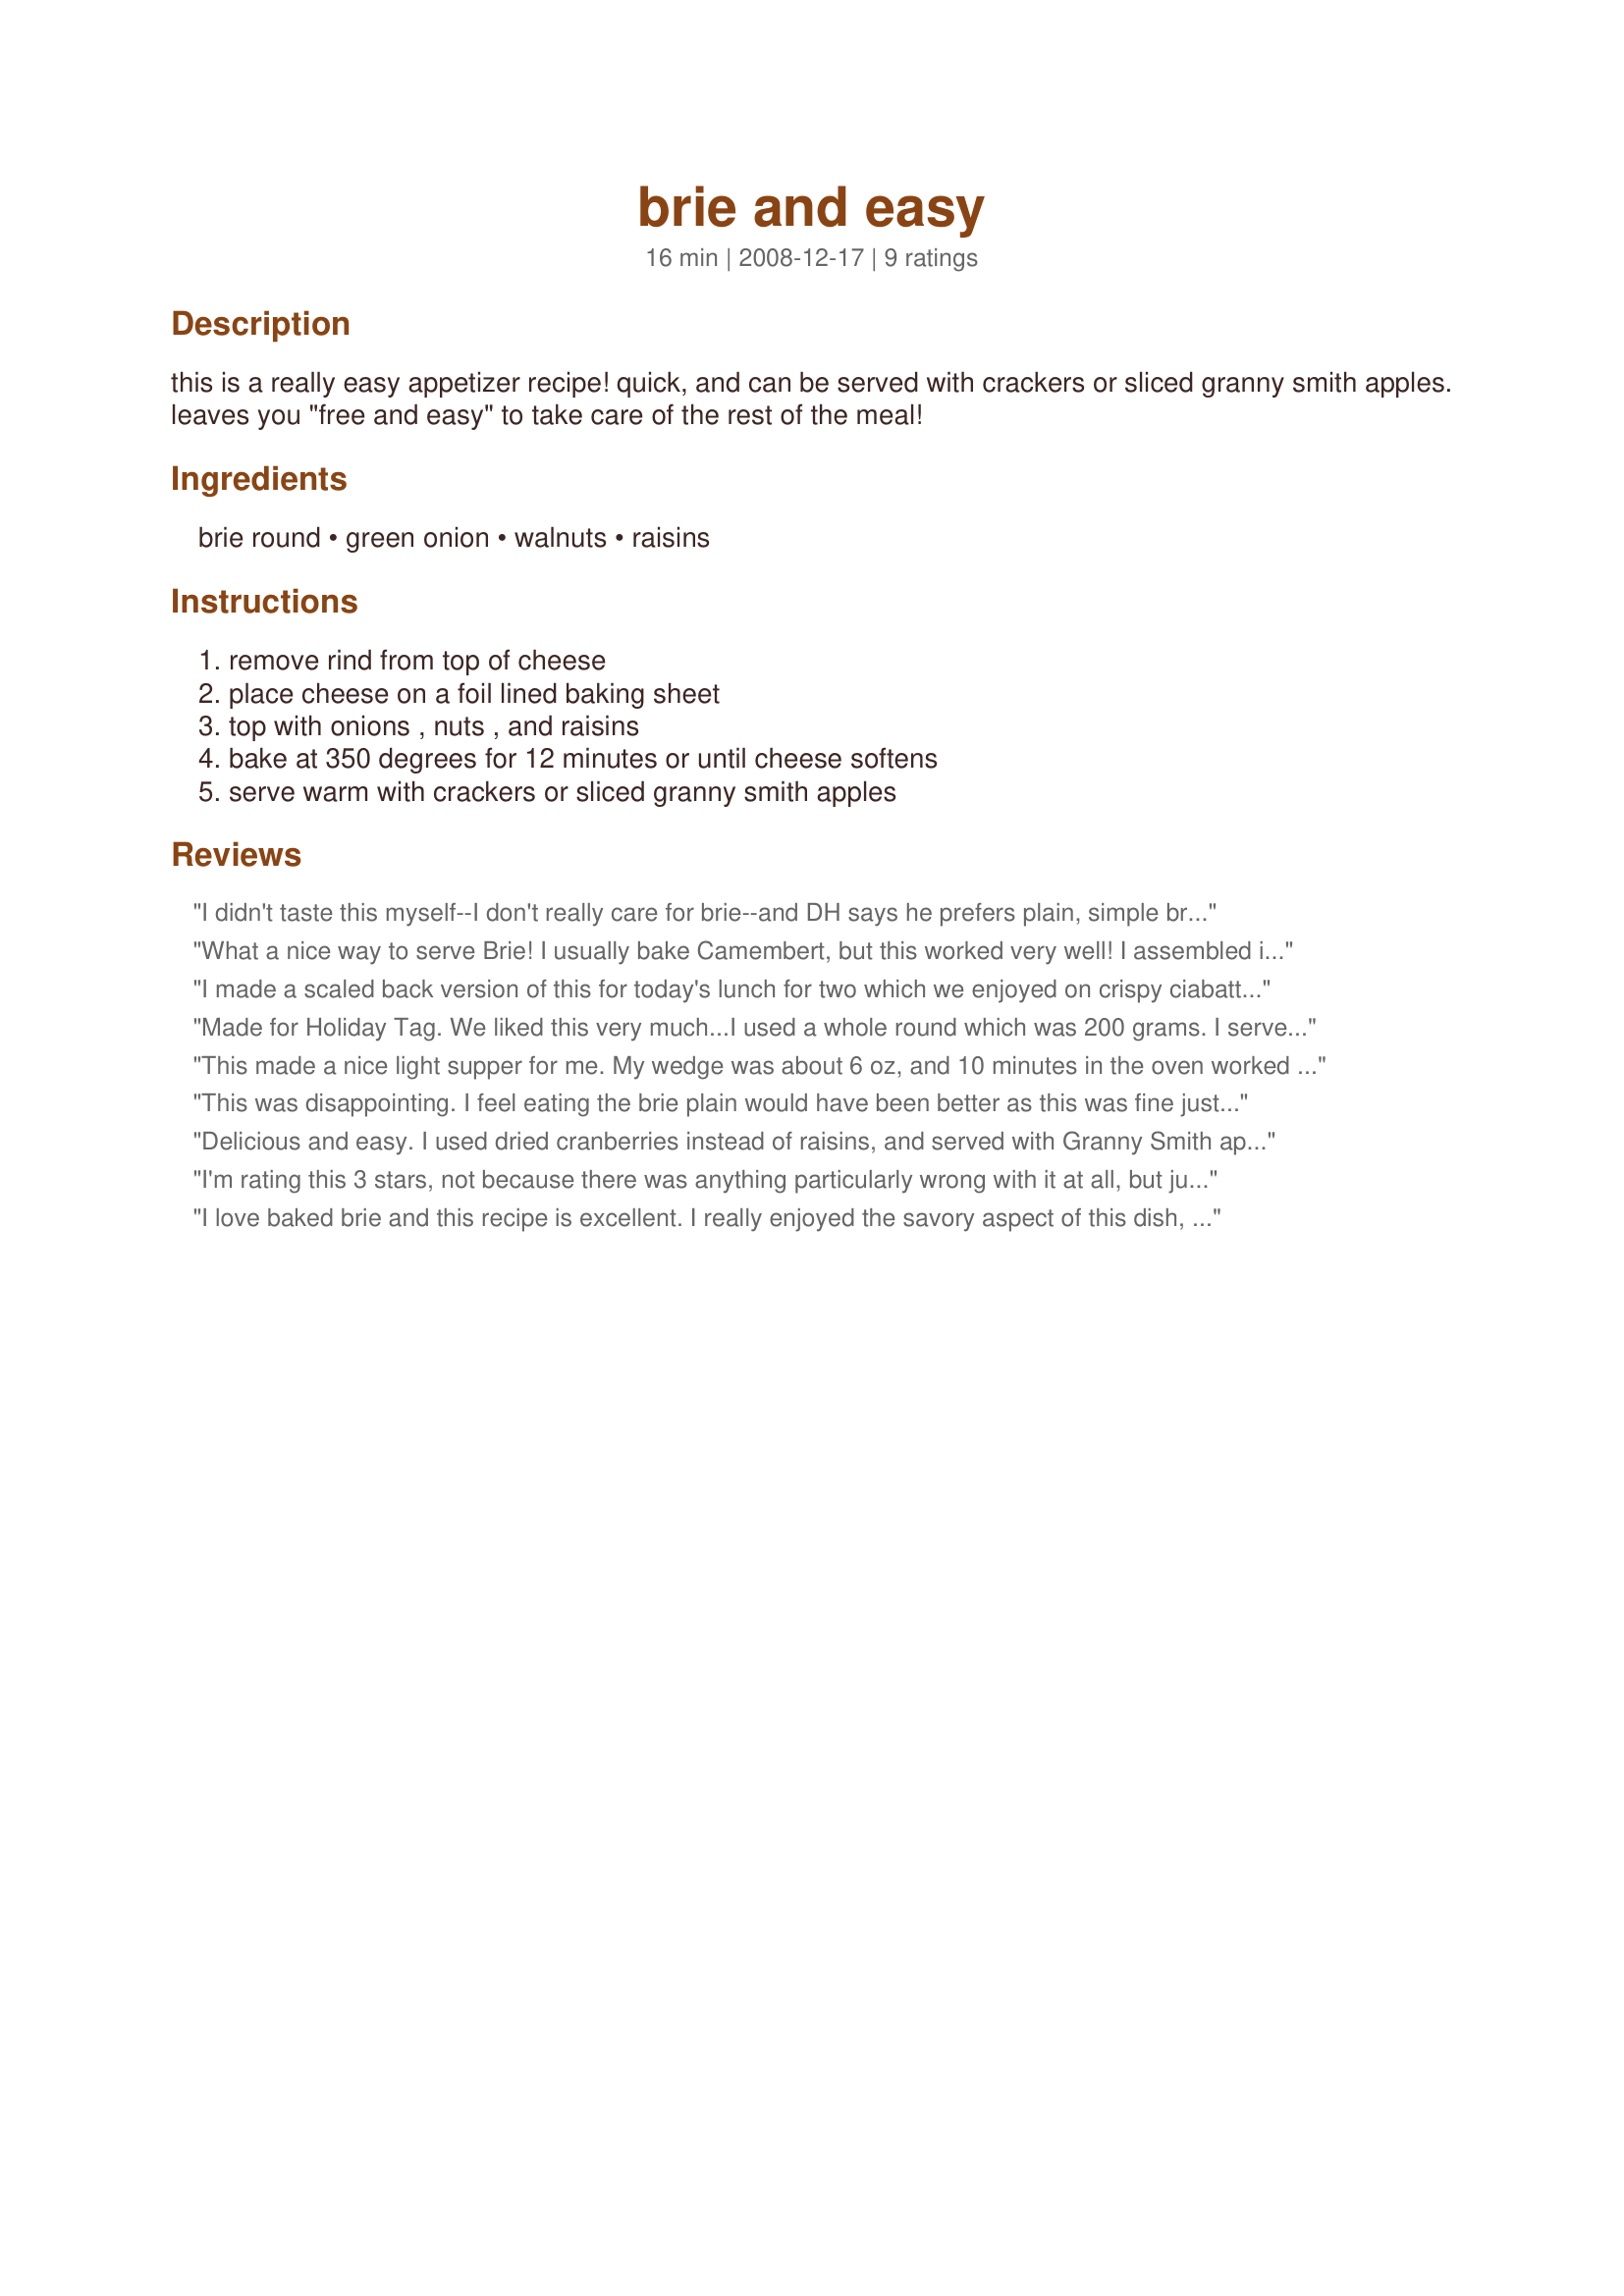
brie and easy
Preparation time: 16 minutes

this is a really easy appetizer recipe! quick, and can be served with crackers or sliced granny smith apples. leaves you "free and easy" to take care of the rest of the meal!

Ingredients:
brie round, green onion, walnuts, raisins

Steps:
remove rind from top of cheese, place cheese on a foil lined baking sheet, top with onions , nuts , and raisins, bake at 350 degrees for 12 minutes or until cheese softens, serve warm with crackers or sliced granny smith apples

Reviews:
I didn't taste this myself--I don't really care for brie--and DH says he prefers plain, simple brie. But nearly all of our dozen or so guests love it--they made a 1-kg wheel all but disappear, and one of the guests happily claimed what little was left to take with her. So it was definitely a hit! It looked very nice, too. I served this with Recipe #235909, baked into 3 narrow loaves and thinly sliced. The one problem I had with it was that I couldn't transfer it from the baking sheet to the serving platter--the large wheel was so soft and melty, it kept oozing over the sides of the rind. So I had to serve it on the foil. I think the problem was just with the size of the wheel--using a smaller wheel probably wouldn't be so problematic. I used pecans and mixed raisins. Thanks so much for posting, breezermom! Made for Holiday Tag game.
What a nice way to serve Brie! I usually bake Camembert, but this worked very well! I assembled it all and then took it to a friend's house for a happy hour appy! We all enjoyed it with local French bread cut into sqaures to dip in it. I feel that to add any more ingredients to this, would be to over complicate the flavours, which should be BRIE first and everything else a slight second - so the flavours were very enjoyable for all of us! OH yes, I was VERY French, I left it in the box to serve! Made as a gift for Santa's Grotto - al little late, I have been so busy! Thanks! FT:-) (No photos - sorry - next time!)
I made a scaled back version of this for today's lunch for two which we enjoyed on crispy ciabatta with kalamata olives, slices of cucumber and tomato and (as suggested in the recipe) slices of a Granny Smith apple. I've never been overly fond of raisins so I used craisins and walnuts. These together with the green onions: totally delicious! Thankyou for sharing this recipe, breezermom. Made for 1-2-3 Hit Wonders.
Made for Holiday Tag.
We liked this very much...I used a whole round which was 200 grams.
I served it on slices of baguette and it was lovely and creamy.I think I should have taken it out of the oven 2 minutes earlier as it did run over a bit but it did'nt change the flavour at all.I used a few drops of basil pesto on top but did not add raisins as we are'nt a raisin-lovin' family...LOL
The nutty creamy pecans and green onion were a nice addition to the the smooth creamy texture of the Brie.
This made a nice light supper for me. My wedge was about 6 oz, and 10 minutes in the oven worked well. I would use a younger cheese next time, mine was very ripe and runny, and overpowered the toppings. Used chopped dred apricot instead of raisins.
This was disappointing. I feel eating the brie plain would have been better as this was fine just not great. Granny Smith apples would certainly be good with any cheese in my opinion. Better than red delicious which I had on hand but nothing related to taking off a star. Plus served it with rice crackers to be gluten free, although not as good again that has no relation to the star that I left off.
Delicious and easy. I used dried cranberries instead of raisins, and served with Granny Smith apple slices. Yummy!
I'm rating this 3 stars, not because there was anything particularly wrong with it at all, but just becuase it lacked sparkle and that little something extra that could have sent this recipe into orbit. DH and lunch guests agreed that it was nice.. and certainly with 5 of us it dissapeared without problem, but it just looked so much more wonderful than it tasted so we were all just a hint dissapointed in the end. I WOULD make this again.. but I would pep it up with crushed garlic or fresh herbs or "something" to make it not only look beautiful, but taste that extra bit special too. Please see my Rating System: I rate harder than most, so this one ges 3 stars and I will tweek it further to add some stronger flavours that for us at least, it really needs. Thanks!
I love baked brie and this recipe is excellent. I really enjoyed the savory aspect of this dish, it was lovely especially when blended with the soft tender brie. I did add a little toasted coconut to the dish, personal preference only. I served it on top of toasted mini Italian buns, they worked really well to capture all the lovely melted cheese and toppings. Thank you breezermom for sharing a recipe that I will make again and again.
